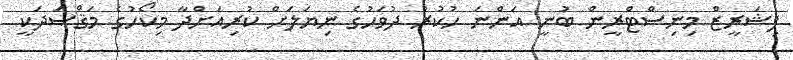
ފިޝަރީޒް މިނިސްޓްރީން ބުނީ އަންނަ ހުކުރު ދުވަހުގެ ނިޔަލަށް ކުރިއަށްދާ މިކޯހުގެ މަޤްޞަދަކީ